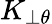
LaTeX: K_{\perp\theta}